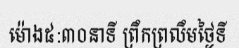
ម៉ោង៥:៣០នាទី ព្រឹកព្រលឹមថ្ងៃទី